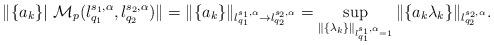
LaTeX: \begin{align*}\Vert \{a_{k}\}|~\mathcal{M}_{p}(l_{q_{1}}^{s_{1},\alpha},l_{q_{2}}^{s_{2},\alpha })\Vert =\Vert \{a_{k}\}\Vert_{l_{q_{1}}^{s_{1},\alpha }\rightarrow l_{q_{2}}^{s_{2},\alpha}}=\sup_{\Vert \{\lambda _{k}\}\Vert _{l_{q_{1}}^{s_{1},\alpha }=1}}\Vert\{a_{k}\lambda _{k}\}\Vert _{l_{q_{2}}^{s_{2},\alpha }}.\end{align*}